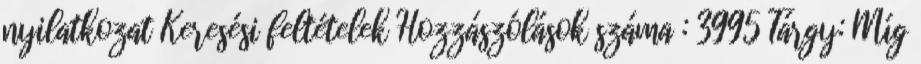
nyilatkozat Keresési feltételek Hozzászólások száma : 3995 Tárgy: Míg